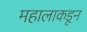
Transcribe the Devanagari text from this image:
महालाकडून